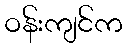
ဝန်းကျင်က